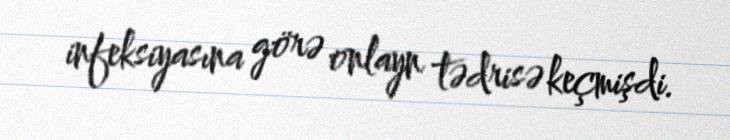
infeksiyasına görə onlayn tədrisə keçmişdi.